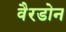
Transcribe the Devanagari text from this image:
वैरडोन